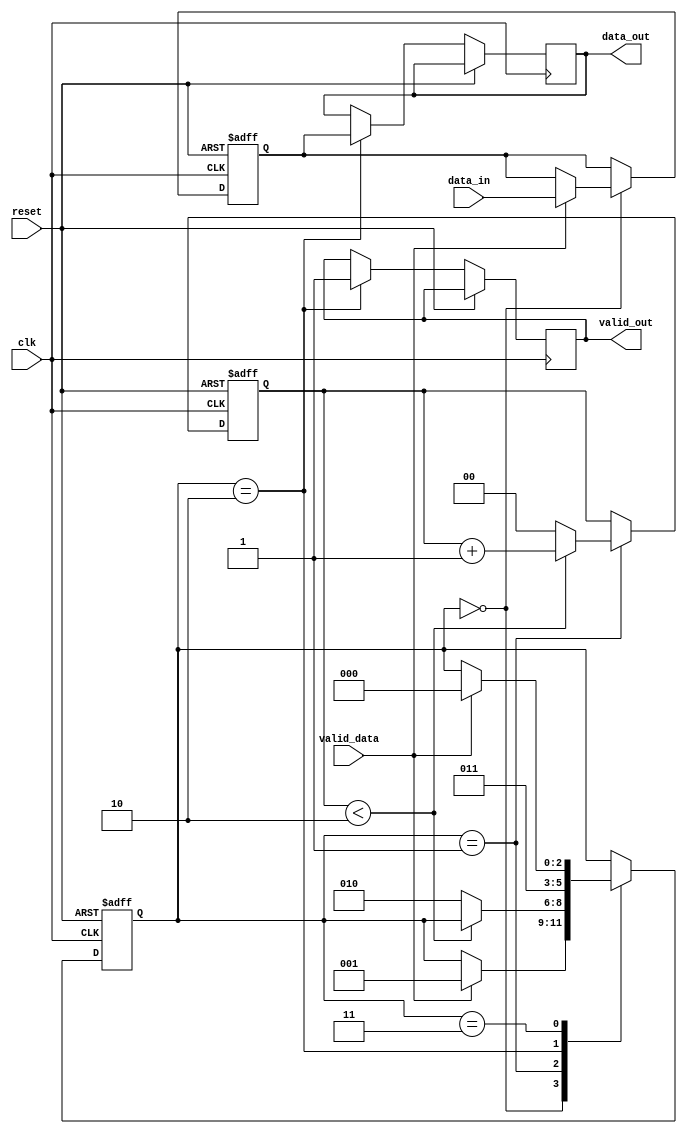
module timing_controller(
    input wire clk,
    input wire reset,
    input wire valid_data,
    input wire [7:0] data_in,
    output wire valid_out,
    output wire [7:0] data_out
);

// Timing control logic
reg [2:0] state;
parameter IDLE = 3'b000;
parameter WAIT_FOR_DATA = 3'b001;
parameter TRANSMIT_DATA = 3'b010;
parameter RECEIVE_DATA = 3'b011;

// Synchronization logic
reg [7:0] data;
reg [1:0] sync_counter;
parameter SYNC_THRESHOLD = 2'd2;

// Error detection and correction logic
reg [7:0] error_check;
reg error_detected;

always @(posedge clk or posedge reset) begin
    if (reset) begin
        state <= IDLE;
        data <= 8'd0;
        sync_counter <= 2'd0;
        error_check <= 8'd0;
        error_detected <= 1'b0;
    end else begin
        case (state)
            IDLE: begin
                if (valid_data) begin
                    data <= data_in;
                    state <= WAIT_FOR_DATA;
                end
            end
            WAIT_FOR_DATA: begin
                if (sync_counter < SYNC_THRESHOLD) begin
                    sync_counter <= sync_counter + 1;
                end else begin
                    sync_counter <= 2'd0;
                    state <= TRANSMIT_DATA;
                end
            end
            TRANSMIT_DATA: begin
                data_out <= data;
                valid_out <= 1'b1;
                state <= RECEIVE_DATA;
            end
            RECEIVE_DATA: begin
                if (valid_data) begin
                    if (data_in == data_out) begin
                        error_detected <= 1'b0;
                    end else begin
                        error_detected <= 1'b1;
                    end
                    state <= IDLE;
                end
            end
        endcase
    end
end

endmodule